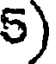
5)